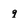
Character: q